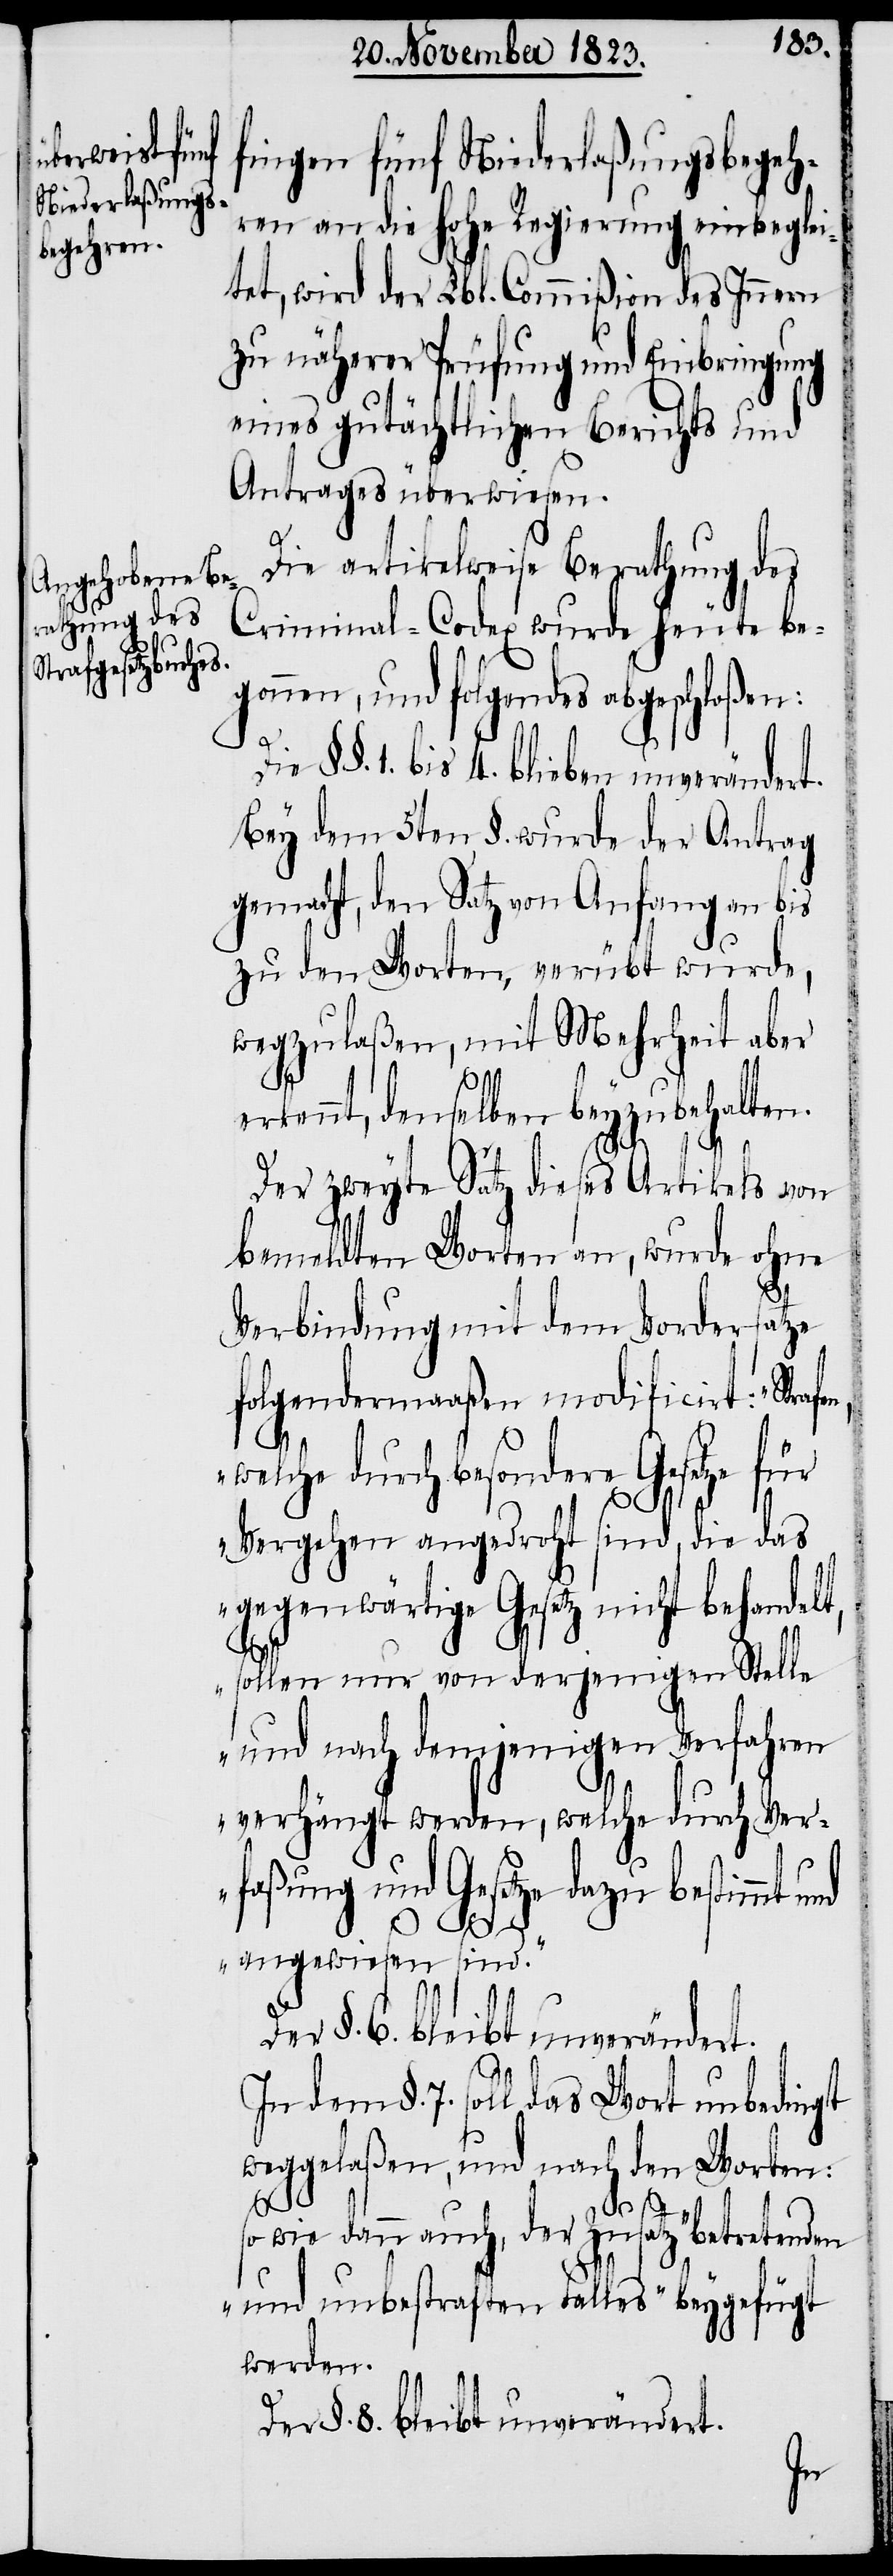
fingen fünf Niederlaßungsbegeh¬
ren an die hohe Regierung einbeglei¬
tet, wird der Lbl. Commißion des Innern
zu näherer Prüfung und Einbringung
eines gutächtlichen Berichts und
Antrages überwiesen.
Die artikelweise Berathung des
Criminal-Codex wurde heute be¬
gonnen, und folgendes abgeschloßen:
1. bis 4. blieben unverändert.
Bey dem 5ten §. wurde der Antrag
gemacht, den Satz von Anfang an bis
zu den Worten, verübt wurde,
wegzulaßen, mit Mehrheit aber
erkennt, denselben beyzubehalten.
Der zweyte Satz dieses Artikels von
bemeldten Worten an, wurde ohne
atze
Verbindung mit dem Vorde¬
folgendermaaßen modificirt:
für
welche durch besondere Gesetze
Vergehen angedroht sind, die das
gegenwärtige Gesetz nicht behandelt,
sollen nur von derjenigen Stelle
und nach demjenigen Verfahren
verhängt werden, welche durch Ver¬
faßung und Gesetze dazu bestimmt u¬
nd
rs¬
angewiesen sind.“
Der §. 6. bleibt unverändert.
dem §. 7. soll das Wort unbedingt
weggelaßen, und nach den Worten:
so wie dann auch, der Zusatz „betretenden
und unbestraften Falles“ beygefügt
werden.
Der §. 8. bleibt unverändert.